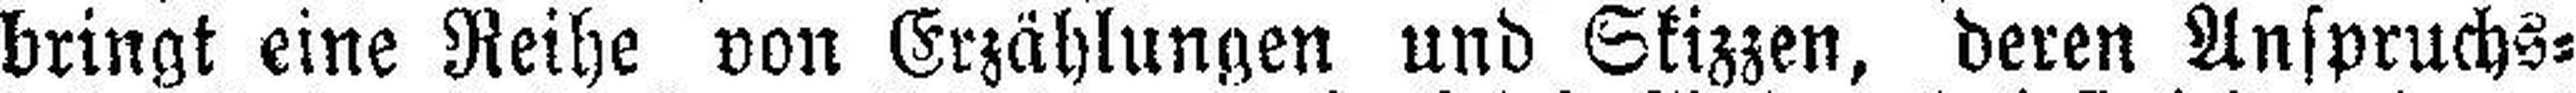
bringt eine Reihe von Erzählungen und Skizzen, deren Anspruchs¬